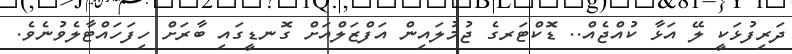
ދަރިފުޅަކީ ލޭ އަޅާ ކުއްޖެއް.. ޑޮކްޓަރގެ ޖުމުލައިން އަފްޒަލްއަށް ގޮނޑީގައި ބާރަށް ހިފަހައްޓާލެވުނެވެ.